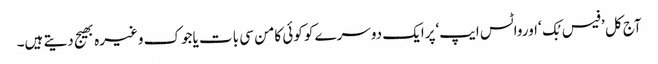
آج کل ’فیس بُک ‘اورواٹس ایپ‘پرایک دوسرے کو کوئی کامن سی بات یاجوک وغیرہ بھیج دیتے ہیں۔